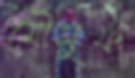
মৌসুফ